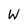
Character: W